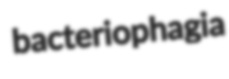
bacteriophagia